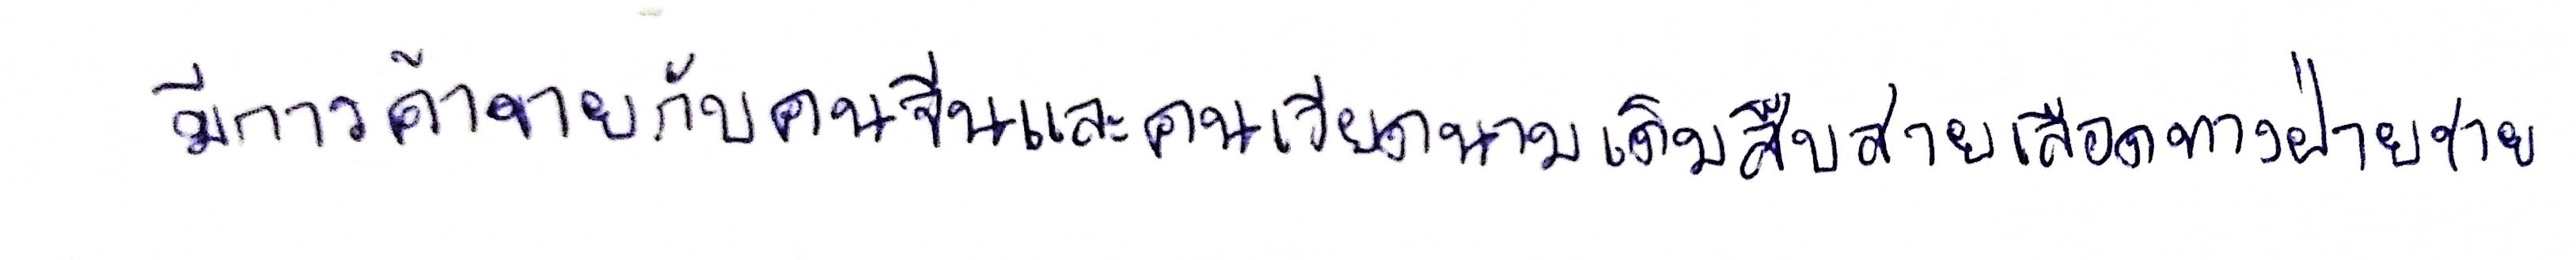
มีการค้าขายกับคนจีนและคนเวียดนามเดิมสืบสายเลือดทางฝ่ายชาย